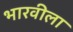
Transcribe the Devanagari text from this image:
भारवीला